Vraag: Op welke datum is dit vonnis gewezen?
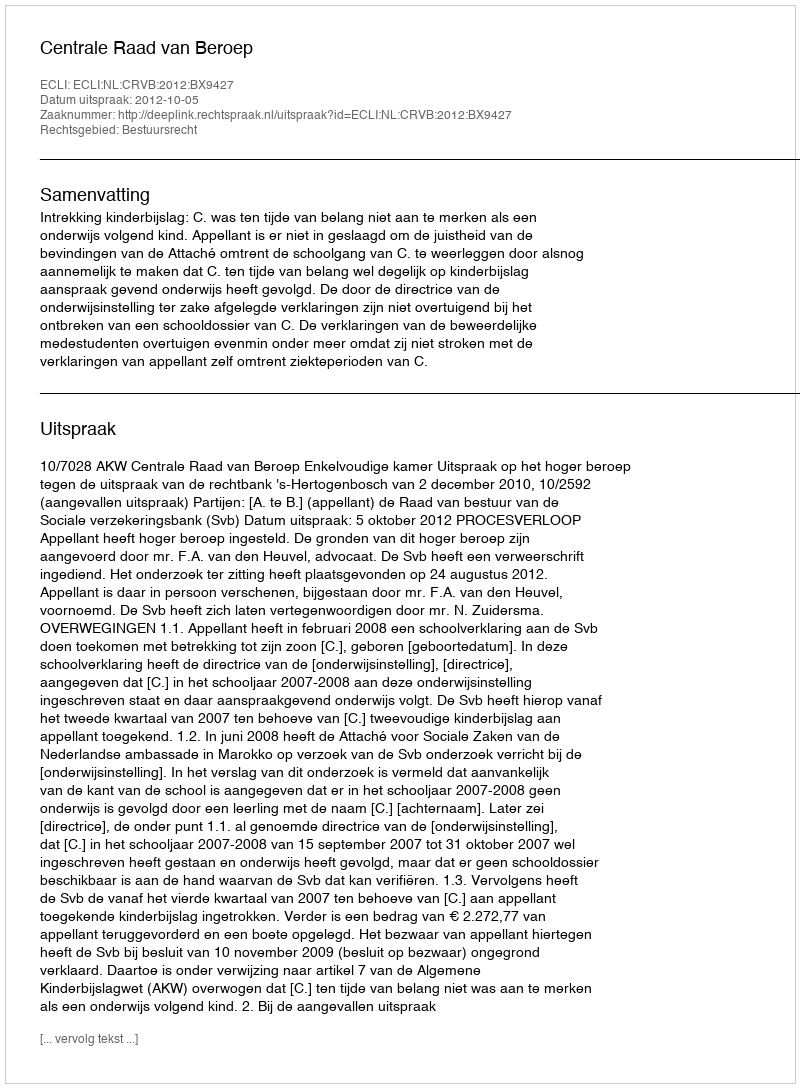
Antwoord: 2012-10-05